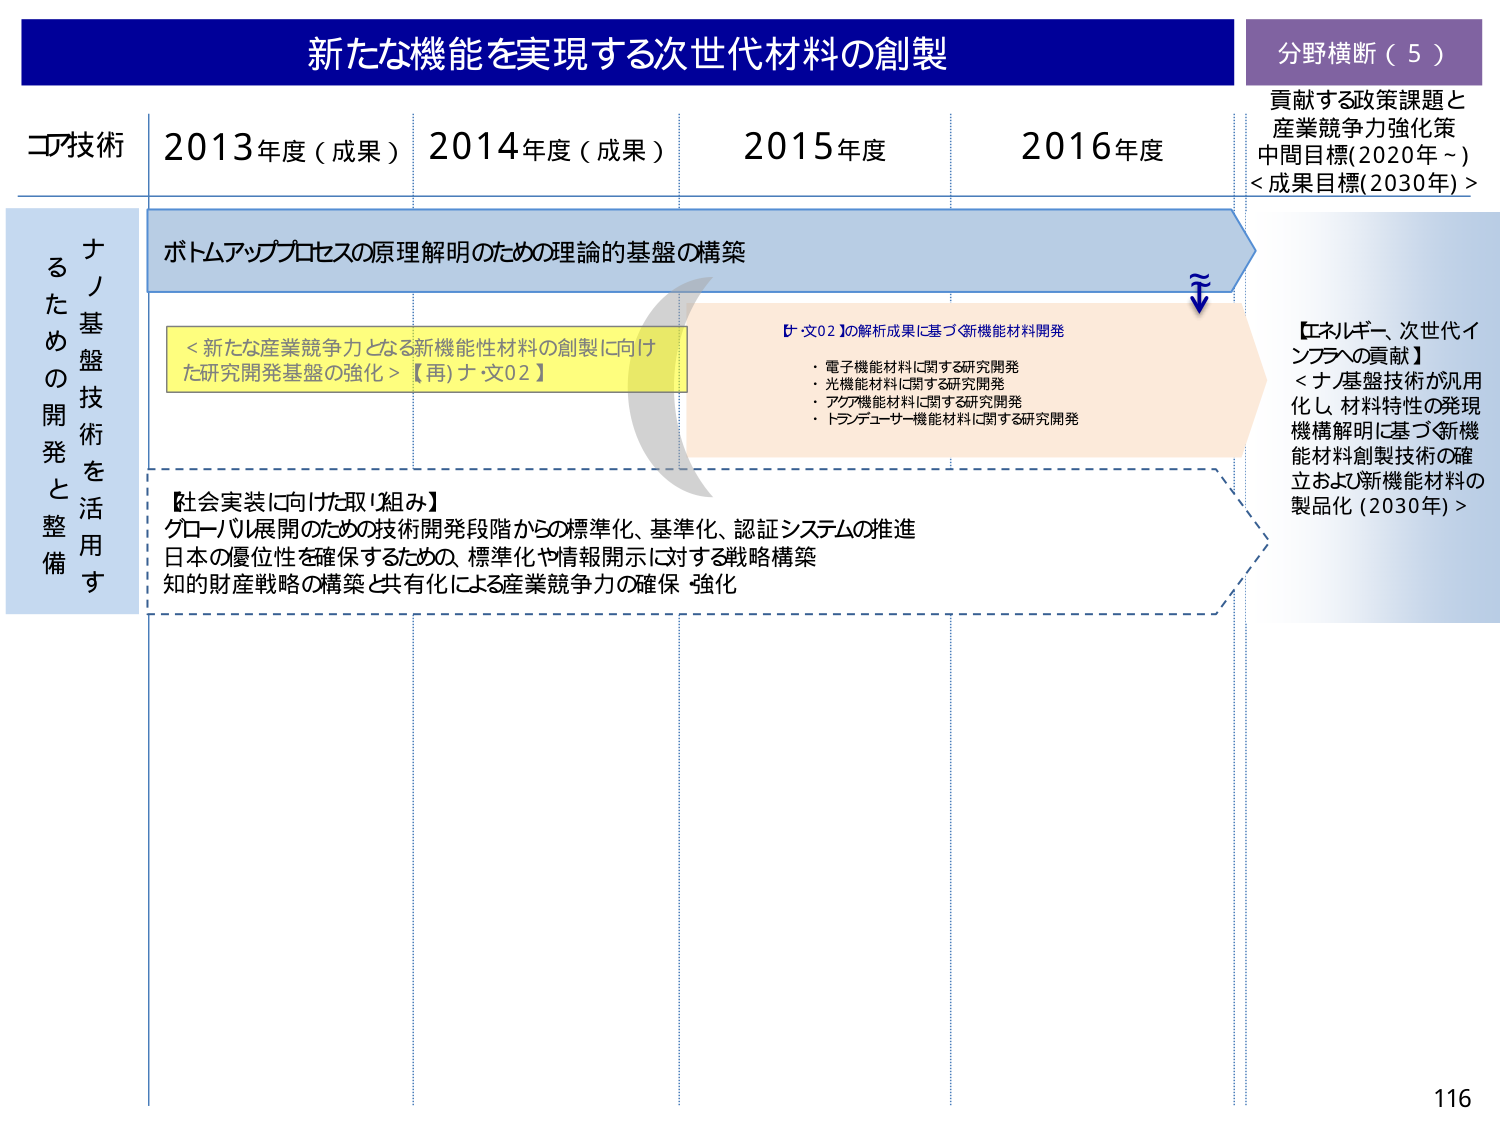
新たな機能を実現する次世代材料の創製

分野横断（5）
貢献する政策課題と
産業競争力強化策
中間目標(2020年～)
<成果目標(2030年)>

コア技術
2013年度（成果） 2014年度（成果） 2015年度 2016年度

ナノ基盤技術を活用す
るための開発と整備

ボトムアッププロセスの原理解明のための理論的基盤の構築

＜新たな産業競争力となる新機能性材料の創製に向け
た研究開発基盤の強化＞【再)ナ文02】

【社会実装に向けた取り組み】
グローバル展開のための技術開発段階からの標準化、基準化、認証システムの推進
日本の優位性を確保するための、標準化や情報開示に対する戦略構築
知的財産戦略の構築と共有化による産業競争力の確保 強化

【ナ文02】の解析成果に基づく新機能材料開発
・電子機能材料に関する研究開発
・光機能材料に関する研究開発
・アクア機能材料に関する研究開発
・トランデューサー機能材料に関する研究開発

【エネルギー、次世代インフラへの貢献】
＜ナノ基盤技術が汎用化し、材料特性の発現機構解明に基づく新機能材料創製技術の確立および新機能材料の製品化（2030年）＞

116